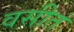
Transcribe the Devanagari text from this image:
वसीत